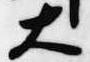
大